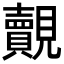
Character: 覿